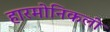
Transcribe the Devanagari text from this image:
हारमोनिकली